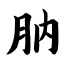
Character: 肭